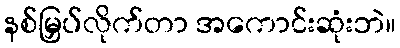
နစ်မြှပ်လိုက်တာ အကောင်းဆုံးဘဲ။